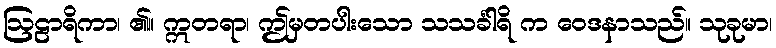
ဩဠာရိကာ၊ ၏။ ဣတရာ၊ ဤမှတပါးသော သသင်္ခါရိ က ဝေဒနာသည်။ သုခုမာ၊